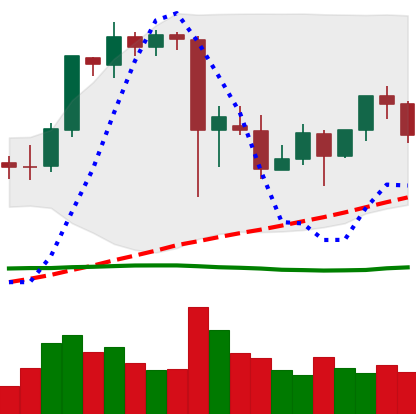
Ticker: ETH-USD
Chart end date: 2021-09-17
Forward return: -9.436%
Label: down_7plus